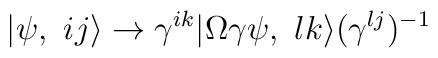
|\psi ,\ ij\rangle \rightarrow \gamma ^{ik}|\Omega \gamma \psi ,\ lk\rangle(\gamma ^{lj})^{-1}